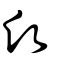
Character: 願